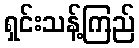
ရှင်းသန့်ကြည်